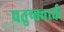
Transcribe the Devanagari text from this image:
चतुष्क्वार्क